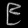
Digit: ၉